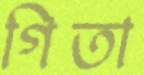
গিতা